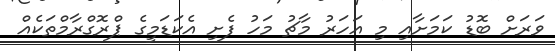
ވަރަށް ބޮޑު ކަމަށާއި މި އަހަރު މާޗު މަހު ފެށި އެކަޑަމީގެ ޕްރޮގްރާމްތަކެއް